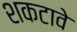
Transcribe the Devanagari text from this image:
शकटावे